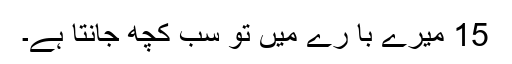
15 میرے با رے میں تُو سب کچھ جانتا ہے۔